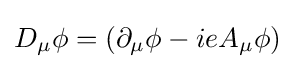
D_{\mu }\phi =(\partial _{\mu }\phi -ieA_{\mu }\phi )